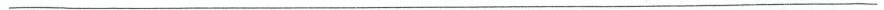
___